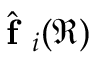
\hat { \textbf { f } } _ { i } ( \mathfrak { R } )